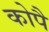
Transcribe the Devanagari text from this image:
कोपै